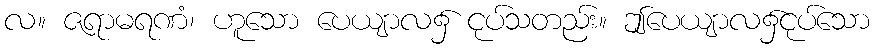
လ။ ဇရာမရဏံ၊ ဟူသော ပေယျာလ၌ ငုပ်သတည်း။ ဤပေယျာလ၌ငုပ်သော